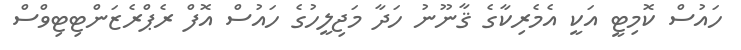
ހައުސް ކޮމިޓީ އަކީ އެމެރިކާގެ ޤާނޫނު ހަދާ މަޖިލީހުގެ ހައުސް އޮފް ރެޕްރެޒަންޓިޓިވްސް